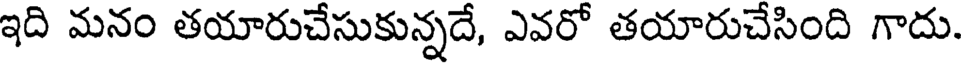
ఇది మనం తయారుచేసుకున్నదే, ఎవరో తయారుచేసింది గాదు.